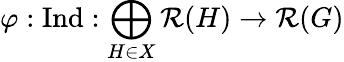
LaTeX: \varphi:{\mathrm{Ind}}:\bigoplus_{H\in X}{\mathcal{R}}(H)\to{\mathcal{R}}(G)